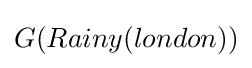
G(Rainy(london))